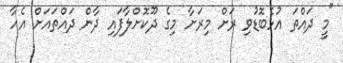
"މީ ދައްތަ އުޅެބޮޑުވި ރަށް މިރަށާ މިގެ ދޫކޮށްލާފައި ދާން ދައްތައަށް އެހާ